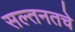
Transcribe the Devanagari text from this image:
सल्तनतचे